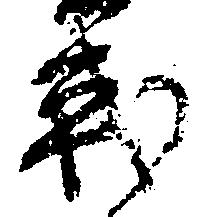
戦